Payment of grants by instalments. (School boards), 1912
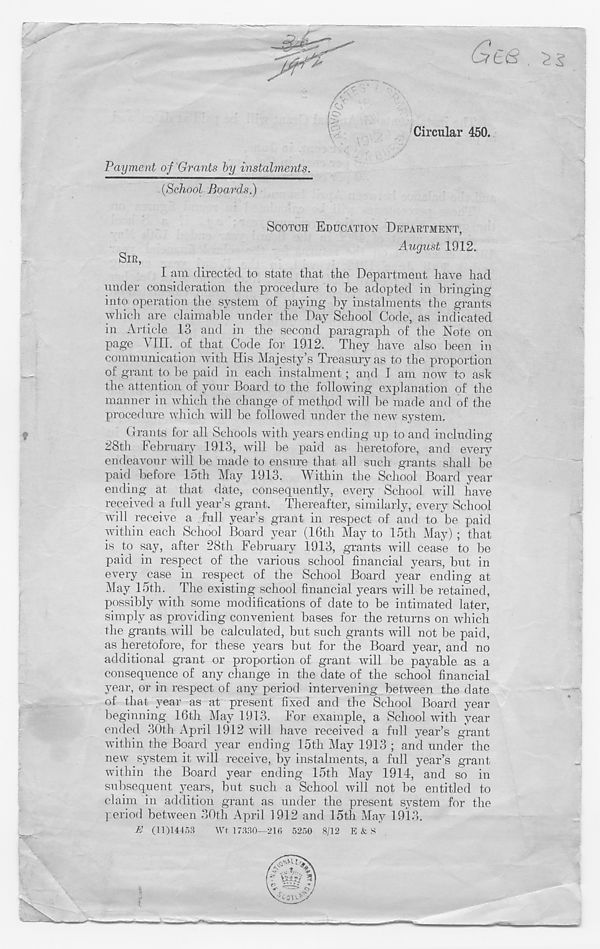
Circular 450.
Payment of Grants by instalments.
(School Boards)
SCOTCH EDUCATION DEPARTMENT,
August 1912.
SIR,
I am directed to state that the Department have had
under consideration the procedure to he adopted in bringing
into operation the system of paying by instalments the grants
which are claimable under the Day School Code, as indicated
in Article 13 and in the second paragraph of the Note on
page V1TI. of that Code for 1912. They have also been in
communication with His Majesty’s Treasury as to the proportion
of grant to be paid in each instalment; and I am now to ask
the attention of your Board to the following explanation of the
manner in which the change of method will be made and of the
procedure which will be followed under the new system.
Grants for all Schools with years ending up to and including
28th February 1913, will be paid as heretofore, and every
endeavour will be made to ensure that all such grants shall be
paid before loth May 1913. Within the School Board year
ending at that date, consequently, every School will have
received a full year’s grant. Thereafter, similarly, every School
will receive a full year’s grant in respect of and to be paid
within each School Board year (16th May to 15th May) ; that
is to say, after 28th February 1913, grants will cease to be
paid in respect of the various school financial years, but in
every case in respect of the School Board year ending at
May 15th. The existing school financial years will be retained,
possibly with some modifications of date to be intimated later,
simply as providing convenient bases for the returns on which
the grants will be calculated, but such grants will not be paid,
as heretofore, for these years but for the Board year, and no
additional grant or proportion of grant will be payable as a
consequence of any change in the date of the school financial
year, or in respect of any period intervening between the date
of that year as at present fixed and the School Board year
beginning 16th May 1913. For example, a School with year
ended 30th April 1912 will have received a full year’s grant
within the Board year ending 15th May 1913 ; and under the
new system it will receive, by instalments, a full year’s grant
within the Board year ending 15th May 1914, and so in
subsequent years, but such a School will not be entitled to
claim in addition grant as under the present system for the
period between 30th April 1912 and 15th May 1913.
E (11)14453
Wt 17330—216 5250 8/12 E & S